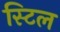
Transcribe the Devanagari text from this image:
स्‍टिल